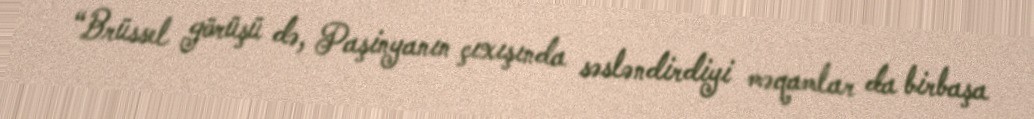
“Brüssel görüşü də, Paşinyanın çıxışında səsləndirdiyi məqamlar da birbaşa